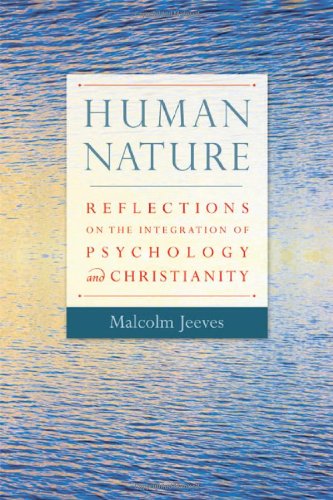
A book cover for Human Nature: Reflections on the Integration of Psychology and Christianity; Malcolm Jeeves; Religion & Spirituality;